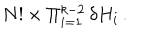
N ! \times \Pi _ { i = 1 } ^ { k - 2 } \, \delta H _ { i } \, .